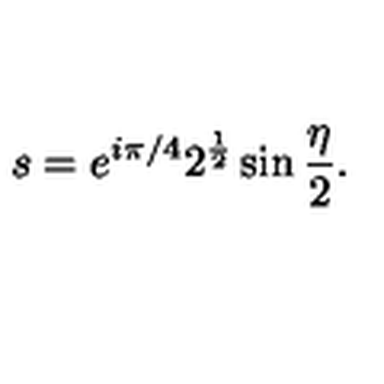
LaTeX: s = e ^ { i \pi / 4 } 2 ^ { \frac { 1 } { 2 } } \sin { \frac { \eta } { 2 } } .